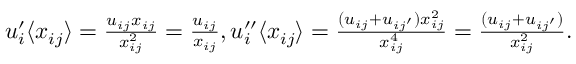
\begin{array} { r } { u _ { i } ^ { \prime } \langle x _ { i j } \rangle = \frac { u _ { i j } x _ { i j } } { x _ { i j } ^ { 2 } } = \frac { u _ { i j } } { x _ { i j } } , u _ { i } ^ { \prime \prime } \langle x _ { i j } \rangle = \frac { ( u _ { i j } + u _ { i j ^ { \prime } } ) x _ { i j } ^ { 2 } } { x _ { i j } ^ { 4 } } = \frac { ( u _ { i j } + u _ { i j ^ { \prime } } ) } { x _ { i j } ^ { 2 } } . } \end{array}